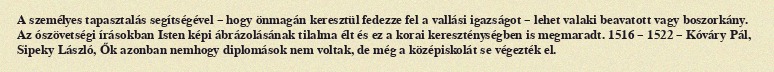
A személyes tapasztalás segítségével – hogy önmagán keresztül fedezze fel a vallási igazságot – lehet valaki beavatott vagy boszorkány. Az ószövetségi írásokban Isten képi ábrázolásának tilalma élt és ez a korai kereszténységben is megmaradt. 1516 – 1522 – Kóváry Pál, Sipeky László, Ők azonban nemhogy diplomások nem voltak, de még a középiskolát se végezték el.